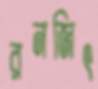
রনজিৎ